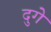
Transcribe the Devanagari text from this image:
दुगे